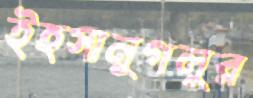
ইহসানুগলুর